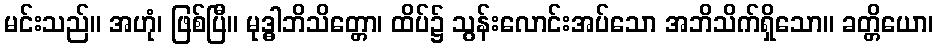
မင်းသည်။ အဟုံ၊ ဖြစ်ပြီ။ မုဒ္ဓါဘိသိတ္တော၊ ထိပ်၌ သွန်းလောင်းအပ်သော အဘိသိက်ရှိသော။ ခတ္တိယော၊